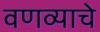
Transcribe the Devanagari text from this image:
वणव्याचे